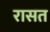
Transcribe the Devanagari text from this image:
रासत